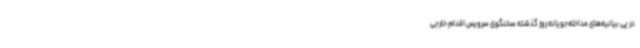
در پی بیانیه‌های مداخله‌جویانه روز گذشته سخنگوی سرویس اقدام خارجی